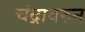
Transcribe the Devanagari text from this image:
चंद्रावरुन